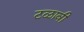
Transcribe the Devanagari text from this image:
टळावी